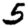
Digit: 5